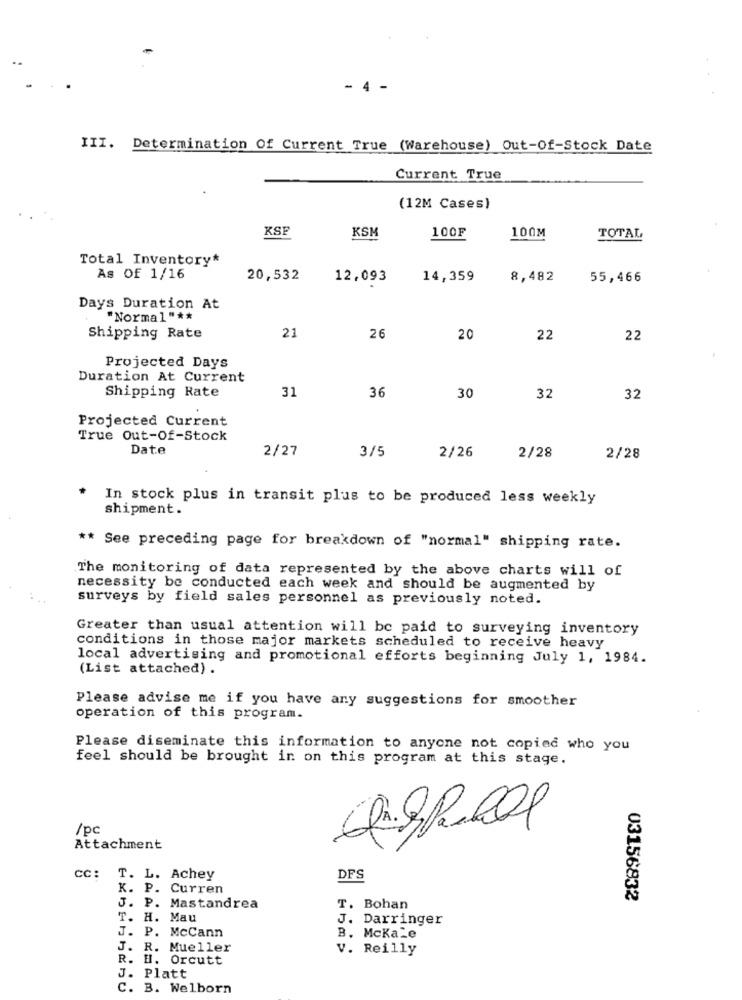
- 4
III. Determination Of Current True (Warehouse) Out-Of-Stock Date
Current True
(12M Cases)
KSF
KSM
100F
100M
TOTAL
Total Inventory*
As Of 1/16
20,532
12,093
14,359
8,482
55,466
Days Duration At
"Normal " **
21
26
Shipping Rate
20
22
22
Projected Days
Duration At Current
31
36
Shipping Rate
30
32
32
Projected Current
True Out-Of-Stock
Date
2/27
3/5
2/26
2/28
2/28
In stock plus in transit plus to be produced less weekly
shipment.
** See preceding page for breakdown of "normal" shipping rate.
The monitoring of data represented by the above charts will of
necessity be conducted each week and should be augmented by
surveys by field sales personnel as previously noted.
Greater than usual attention will be paid to surveying inventory
conditions in those major markets scheduled to receive heavy
local advertising and promotional efforts beginning July 1, 1984.
(List attached) .
Please advise me if you have any suggestions for smoother
operation of this program.
Please diseminate this information to anyone not copied who you
feel should be brought in on this program at this stage.
/pc
Attachment
CC: T. L. Achey
DFS
K. P.
Curren
J. P.
03156832
Mastandrea
T. Bohan
T. H. Mau
J. Darringer
J. P. McCann
B. Mckale
J. R. Mueller
V. Reilly
R. H. Orcutt
J. Platt
C. B. Welborn